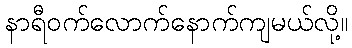
နာရီဝက်လောက်နောက်ကျမယ်လို့။